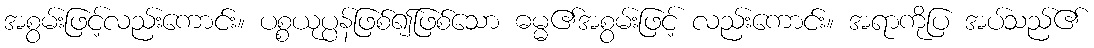
အစွမ်းဖြင့်လည်းကောင်း။ ပစ္စယုပ္ပန်ဖြစ်၍ဖြစ်သော ဓမ္မ၏အစွမ်းဖြင့် လည်းကောင်း။ အရာကိုပြ အပ်သည်၏